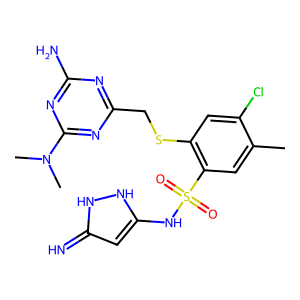
SMILES: Cc1cc(S(=O)(=O)Nc2cc(=N)[nH][nH]2)c(SCc2nc(N)nc(N(C)C)n2)cc1Cl
Inhibits HIV replication: No